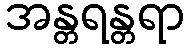
အန္တရန္တရာ